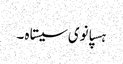
ہسپانوی سیستاہ ۔